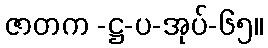
ဇာတက -ဋ္ဌ-ပ-အုပ်-၆၅။